Note on the mental hospitals in Burma - 1925-1940
Year: 1925
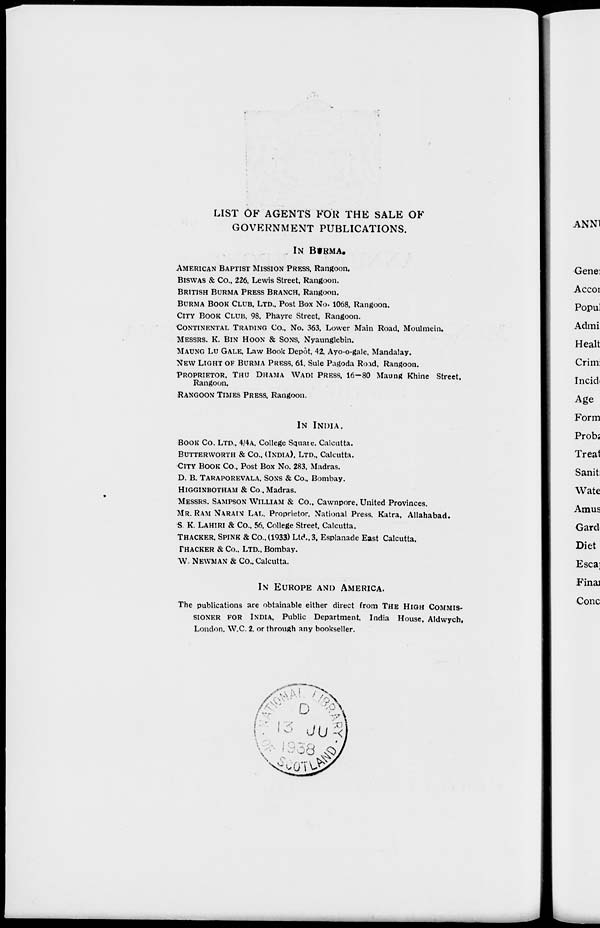
LIST OF AGENTS FOR THE SALE OF
GOVERNMENT PUBLICATIONS.
IN BURMA.
AMERICAN BAPTIST MISSION PRESS, Rangoon.
BISWAS & Co., 226, Lewis Street, Rangoon.
BRITISH BURMA PRESS BRANCH, Rangoon.
BURMA BOOK CLUB. LTD., Post Box No. 1068, Rangoon.
CITY BOOK CLUB, 98. Phayre Street. Rangoon.
CONTINENTAL TRADING Co., No. 363, Lower Main Road, Moulmein.
MESSRS. K. BIN HOON & SONS, Nyaunglebin.
MAUNG LU GALE. Law Book Depôt, 42, Ayo-o-gale. Mandalay.
NEW LIGHT OF BURMA PRESS, 61, Sule Pagoda Road, Rangoon.
PROPRIETOR, THU DHAMA WADI PRESS, 16-80 Maung Khine Street.
Rangoon.
RANGOON TIMES PRESS, Rangoon.
IN INDIA.
BOOK Co. LTD., 4/4A, College Square. Calcutta.
BUTTERWORHT & Co., (INDIA), LTD., Calcutta.
CITY BOOK Co., Post Box No. 283. Madras.
D. B. TARAPOREVALA, SONS & Co., Bombay.
HIGGINBOTHAM & Co., Madras.
MESSRS. SAMPSON WILLIAM & Co., Cawnpore, United Provinces.
MR. RAM NARAIN LAL. Proprietor, National Press. Katra, Allahabad.
S K. LAHIRI & Co., 56, College Street, Calcutta.
THACKER, SPINK & Co., (1933) Ltd., 3, Esplanade East Calcutta.
THACKER & Co., LTD., Bombay.
W. NEWMAN & Co., Calcutta.
IN EUROPE AND AMERICA.
The publications are obtainable either direct from THE HIGH COMMIS-
------ FOR INDIA, Public Department, India House, Aldwych,
London, W.C. 2. or through any bookseller.